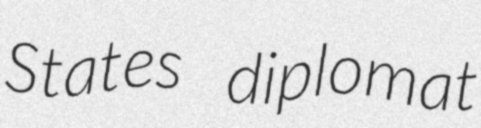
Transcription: States diplomat